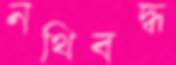
নথিবদ্ধ